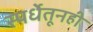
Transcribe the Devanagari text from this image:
स्पर्धेतूनही